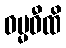
ဓမ္မဝီထိ